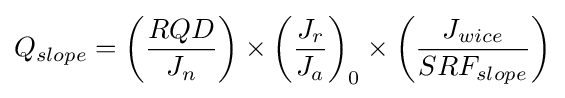
Q_{slope}=\left({\frac {RQD}{J_{n}}}\right)\times {\left({\frac {J_{r}}{J_{a}}}\right)_{0}}\times \left({\frac {J_{wice}}{SRF_{slope}}}\right)